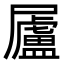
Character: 𡳬